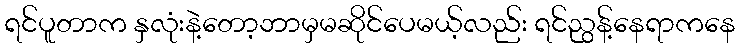
ရင်ပူတာက နှလုံးနဲ့တော့ဘာမှမဆိုင်ပေမယ့်လည်း ရင်ညွန့်နေရာကနေ